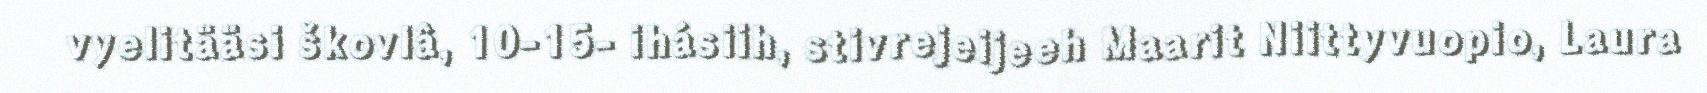
vyelitääsi škovlâ, 10-15- ihásiih, stivrejeijeeh Maarit Niittyvuopio, Laura